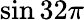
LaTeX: \sin 32\pi